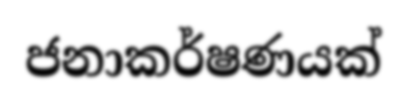
ජනාකර්ෂණයක්